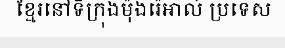
ខ្មែរនៅទីក្រុងម៉ុងរ៉េអាល់ ប្រទេស